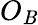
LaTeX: O_{\mathit{B}}